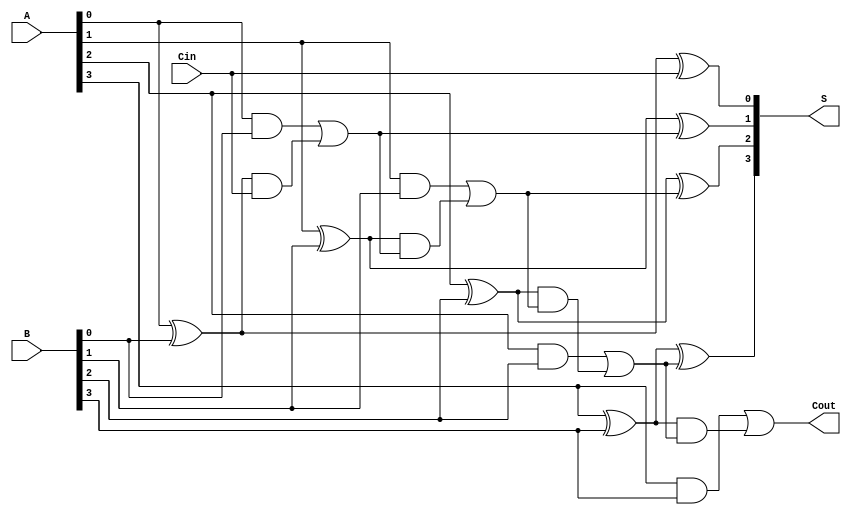
module LingAdder #(parameter N = 4) (
    input  wire [N-1:0] A,      // First n-bit input
    input  wire [N-1:0] B,      // Second n-bit input
    input  wire Cin,             // Carry-in
    output wire [N-1:0] S,       // Sum output
    output wire Cout             // Carry-out
);

// Intermediate signals for generate and propagate
wire [N-1:0] G; // Generate signals
wire [N-1:0] P; // Propagate signals
wire [N:0] C;   // Carry signals (C[0] is Cin)

// Generate and propagate calculations
genvar i;
generate
    for (i = 0; i < N; i = i + 1) begin : gen_prop
        assign G[i] = A[i] & B[i];         // Generate
        assign P[i] = A[i] ^ B[i];         // Propagate
    end
endgenerate

// Carry look-ahead logic
assign C[0] = Cin; // Initial carry-in
generate
    for (i = 0; i < N; i = i + 1) begin : carry_logic
        assign C[i + 1] = G[i] | (P[i] & C[i]); // Carry-out
    end
endgenerate

// Sum calculation
generate
    for (i = 0; i < N; i = i + 1) begin : sum_calc
        assign S[i] = P[i] ^ C[i]; // Sum output
    end
endgenerate

// Final carry-out
assign Cout = C[N];

endmodule